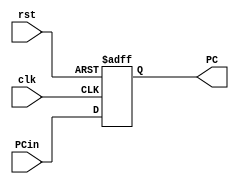
module PC (// Entradas
		   input [31:0] PCin, // PC de entrada
		   input clk,         // Clock
		   input rst,         // Reset
		
		   // Sadas
		   output reg [31:0] PC
		   );  	
							
	// Registradores de 8-bits
	reg [31:0] register; 
 
	// Escrita Sncrona (Reset Sncrono)
	always @ (posedge clk or negedge rst)
		begin
 
		if(~rst) 
			begin
				PC = 32'b0;
				
			end 
			
		else 
			begin
				PC = PCin;
			
			end 
 
	end
							
endmodule